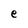
Character: e